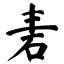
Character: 砉